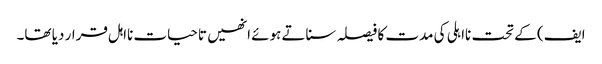
ایف) کے تحت نااہلی کی مدت کا فیصلہ سناتے ہوئے انھیں تاحیات نااہل قرار دیا تھا۔